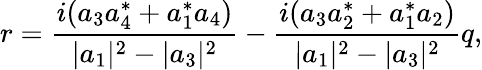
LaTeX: r=\frac{i(a_{3}a_{4}^{*}+a_{1}^{*}a_{4})}{|a_{1}|^{2}-|a_{3}|^{2}}-\frac{i(a_{3}a_{2}^{*}+a_{1}^{*}a_{2})}{|a_{1}|^{2}-|a_{3}|^{2}}q,